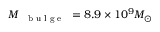
M _ { \mathrm { ~ { ~ \scriptsize ~ b ~ u ~ l ~ g ~ e ~ } ~ } } = 8 . 9 \times 1 0 ^ { 9 } M _ { \odot }